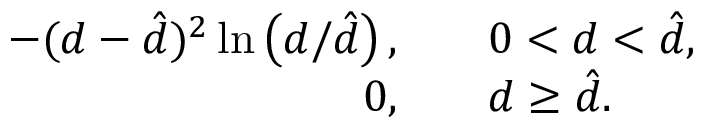
\begin{array} { r l } { - ( d - \hat { d } ) ^ { 2 } \ln \left( d / \hat { d } \right) , \quad } & { { } 0 < d < \hat { d } , } \\ { 0 , \quad } & { { } d \geq \hat { d } . } \end{array}